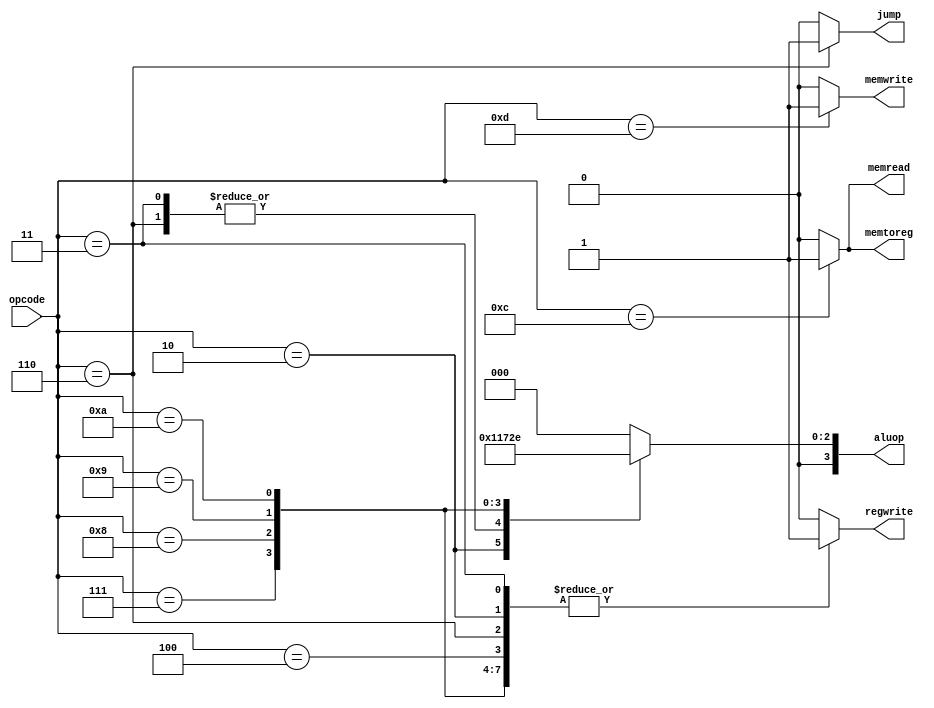
`ifndef _control
`define _control

module control(
		input  wire	[4:0]	opcode,
		output reg [3:0]	aluop,
		output reg			memread, memwrite, memtoreg,
		output reg			regwrite,
		output reg			jump);

	always @(*) begin
		/* defaults */
		aluop[3:0]	<= 2'b10;
		memread		<= 1'b0;
		memtoreg	<= 1'b0;
		memwrite	<= 1'b0;
		regwrite	<= 1'b1;
		jump		<= 1'b0;

		case (opcode)
			5'd0: begin	/* nop */
				aluop[3:0]	<= 4'b0000;
				memread	<= 1'b0;
				memtoreg	<= 1'b0;
				memwrite	<= 1'b0;
				regwrite	<= 1'b0;
				jump		<= 1'b0;
			end
			5'd4: begin	/* add */
				aluop[3:0]	<= 4'b0000;
				memread	<= 1'b0;
				memtoreg	<= 1'b0;
				memwrite	<= 1'b0;
				regwrite	<= 1'b1;
				jump		<= 1'b0;
			end
			5'd6: begin	/* cmpj */
				aluop[3:0]	<= 4'b0001;
				memread	<= 1'b0;
				memtoreg	<= 1'b0;
				memwrite	<= 1'b0;
				regwrite	<= 1'b1;
				jump		<= 1'b1;
			end
			5'd2: begin	/* eor */
				aluop[3:0]	<= 4'b0010;
				memread	<= 1'b0;
				memtoreg	<= 1'b0;
				memwrite	<= 1'b0;
				regwrite	<= 1'b1;
				jump		<= 1'b0;
				
			end
			5'd3: begin	/* sub */
				aluop[3:0]	<= 4'b0001;
				memread	<= 1'b0;
				memtoreg	<= 1'b0;
				memwrite	<= 1'b0;
				regwrite	<= 1'b1;
				jump		<= 1'b0;
			end
			5'd7: begin	/* lsl */
				aluop[3:0]	<= 4'b0011;
				memread	<= 1'b0;
				memtoreg	<= 1'b0;
				memwrite	<= 1'b0;
				regwrite	<= 1'b1;
				jump		<= 1'b0;
				
			end
			5'd8: begin	/* lsrv */
				aluop[3:0]	<= 4'b0100;
				memread	<= 1'b0;
				memtoreg	<= 1'b0;
				memwrite	<= 1'b0;
				regwrite	<= 1'b1;
				jump		<= 1'b0;
				
			end
			5'd09: begin	/* rorv */
				aluop[3:0]	<= 4'b0101;
				memread	<= 1'b0;
				memtoreg	<= 1'b0;
				memwrite	<= 1'b0;
				regwrite	<= 1'b1;
				jump		<= 1'b0;
			end
			5'd10: begin	/* rolv */
				aluop[3:0]	<= 4'b0110;
				memread	<= 1'b0;
				memtoreg	<= 1'b0;
				memwrite	<= 1'b0;
				regwrite	<= 1'b1;
				jump		<= 1'b0;
			end
			5'd12: begin	/* ldv */
				aluop[3:0]	<= 4'b0000;
				memread	<= 1'b1;
				memtoreg	<= 1'b1;
				memwrite	<= 1'b0;
				regwrite	<= 1'b0;
				jump		<= 1'b0;
			end
			5'd13: begin	/* stv */
				aluop[3:0]	<= 4'b0000;
				memread	<= 1'b0;
				memtoreg	<= 1'b0;
				memwrite	<= 1'b1;
				regwrite	<= 1'b0;
				jump		<= 1'b0;
			end
			default: begin
				aluop[3:0]	<= 4'b0000;
				memread	<= 1'b0;
				memtoreg	<= 1'b0;
				memwrite	<= 1'b0;
				regwrite	<= 1'b0;
			end
		endcase
	end
endmodule

`endif